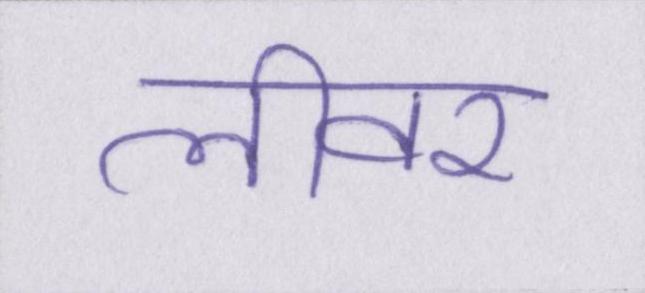
लीवर